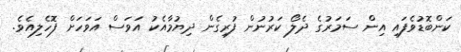
ކަންބޮޑުވެފައި އިން ސަމަރުގެ ދެލޯ ކަރުނުން ފުރިގެން ދިޔުމާއެކު އަވަސް އަވަހަށް ފޮހެލިއެވެ.